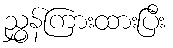
ညွှန်ကြားထားပြီး